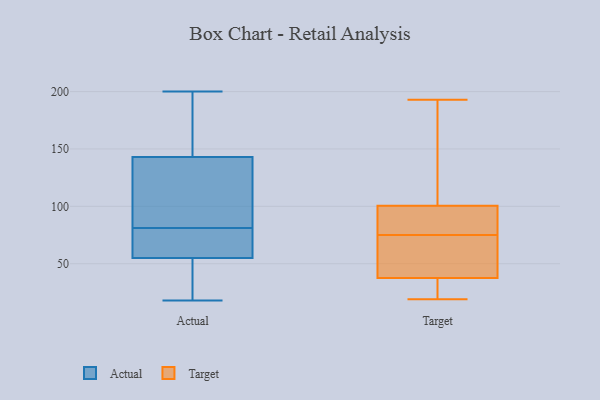
{"axis": {"x": "Population (Million)", "y": "Value"}, "legend": ["Actual", "Target"], "data": [{"x": "", "y": 112, "type": "Actual"}, {"x": "", "y": 166, "type": "Actual"}, {"x": "", "y": 18, "type": "Actual"}, {"x": "", "y": 37, "type": "Actual"}, {"x": "", "y": 44, "type": "Actual"}, {"x": "", "y": 55, "type": "Actual"}, {"x": "", "y": 66, "type": "Actual"}, {"x": "", "y": 143, "type": "Actual"}, {"x": "", "y": 82, "type": "Actual"}, {"x": "", "y": 66, "type": "Actual"}, {"x": "", "y": 80, "type": "Actual"}, {"x": "", "y": 137, "type": "Actual"}, {"x": "", "y": 167, "type": "Actual"}, {"x": "", "y": 200, "type": "Actual"}, {"x": "", "y": 125, "type": "Actual"}, {"x": "", "y": 174, "type": "Actual"}, {"x": "", "y": 44, "type": "Actual"}, {"x": "", "y": 63, "type": "Actual"}, {"x": "", "y": 29, "type": "Target"}, {"x": "", "y": 84, "type": "Target"}, {"x": "", "y": 63, "type": "Target"}, {"x": "", "y": 123, "type": "Target"}, {"x": "", "y": 73, "type": "Target"}, {"x": "", "y": 193, "type": "Target"}, {"x": "", "y": 19, "type": "Target"}, {"x": "", "y": 20, "type": "Target"}, {"x": "", "y": 75, "type": "Target"}, {"x": "", "y": 80, "type": "Target"}, {"x": "", "y": 106, "type": "Target"}]}